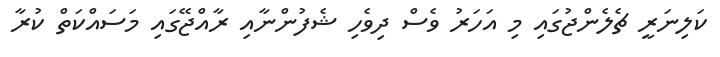
ކަލިނަރީ ޗެލެންޖުގައި މި އަހަރު ވެސް ދިވެހި ޝެފުންނާއި ރާއްޖޭގައި މަސައްކަތް ކުރާ